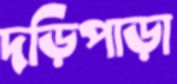
দড়িপাড়া